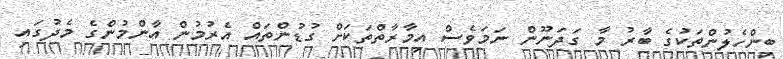
ބިންހެލުންތަކުގެ ބާރު މާ ގަދަނޫން ނަމަވެސް އިމާރާތްތަކަށް ގުޑުންތައް އެރުމުން އާންމުންގެ މެދުގައި